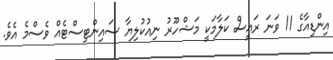
އިންޑިއާގެ 11 ވަނަ ރައީސް ކަލާމަކީ މަޝްހޫރު ނިއުކުލިޔާ ސައިންޓިސްޓެއް ވެސްމެ އެވެ.